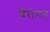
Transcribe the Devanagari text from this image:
बैरोनत